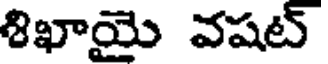
శిఖాయై వషట్